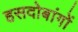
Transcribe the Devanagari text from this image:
हसदोबांगों